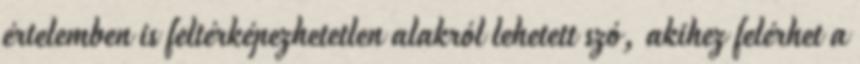
értelemben is feltérképezhetetlen alakról lehetett szó, akihez felérhet a